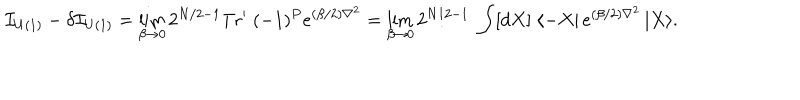
{ \cal I } _ { U ( 1 ) } - \delta { \cal I } _ { U ( 1 ) } = \lim _ { \beta \rightarrow 0 } 2 ^ { N / 2 - 1 } \mathrm { T r ^ { \prime } } \; ( - 1 ) ^ { P } e ^ { ( \beta / 2 ) \nabla ^ { 2 } } = \lim _ { \beta \rightarrow 0 } 2 ^ { N / 2 - 1 } \; \int [ d X ] \; \langle - X \vert \, e ^ { ( \beta / 2 ) \nabla ^ { 2 } } \, \vert X \rangle .